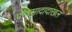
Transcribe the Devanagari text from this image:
प्रतिसादादाखल